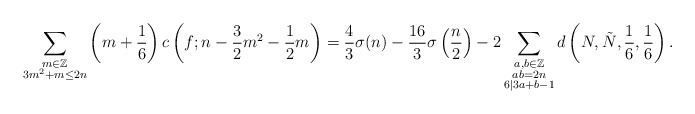
\begin{align*} \sum_{\substack{m\in \mathbb{Z}\\3m^2+m\leq 2n}}\left(m+\frac{1}{6}\right) c\left(f; n-\frac{3}{2}m^2-\frac{1}{2}m\right) =\frac{4}{3} \sigma(n) -\frac{16}{3}\sigma\left(\frac{n}{2}\right)-2 \sum_{\substack{a,b\in \mathbb{Z}\\ab=2n\\6|3a+b-1}} d\left(N, \tilde{N}, \frac{1}{6}, \frac{1}{6}\right).\end{align*}